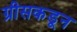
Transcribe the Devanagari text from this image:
ग्रीसकडून